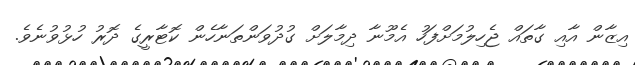
އިޒާން އާއި ގާތައް ޖެހިލުމަށްފަހު އެމޫނާ ދިމާލަށް ގުދުވަންތަނާހެން ކޮޓާރީގެ ދޮރު ހުޅުވުނެވެ.